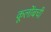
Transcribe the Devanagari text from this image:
कूलोंबची